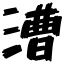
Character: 漕